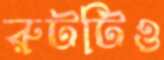
রুটটিও